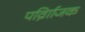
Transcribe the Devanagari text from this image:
पर्व्राािजक